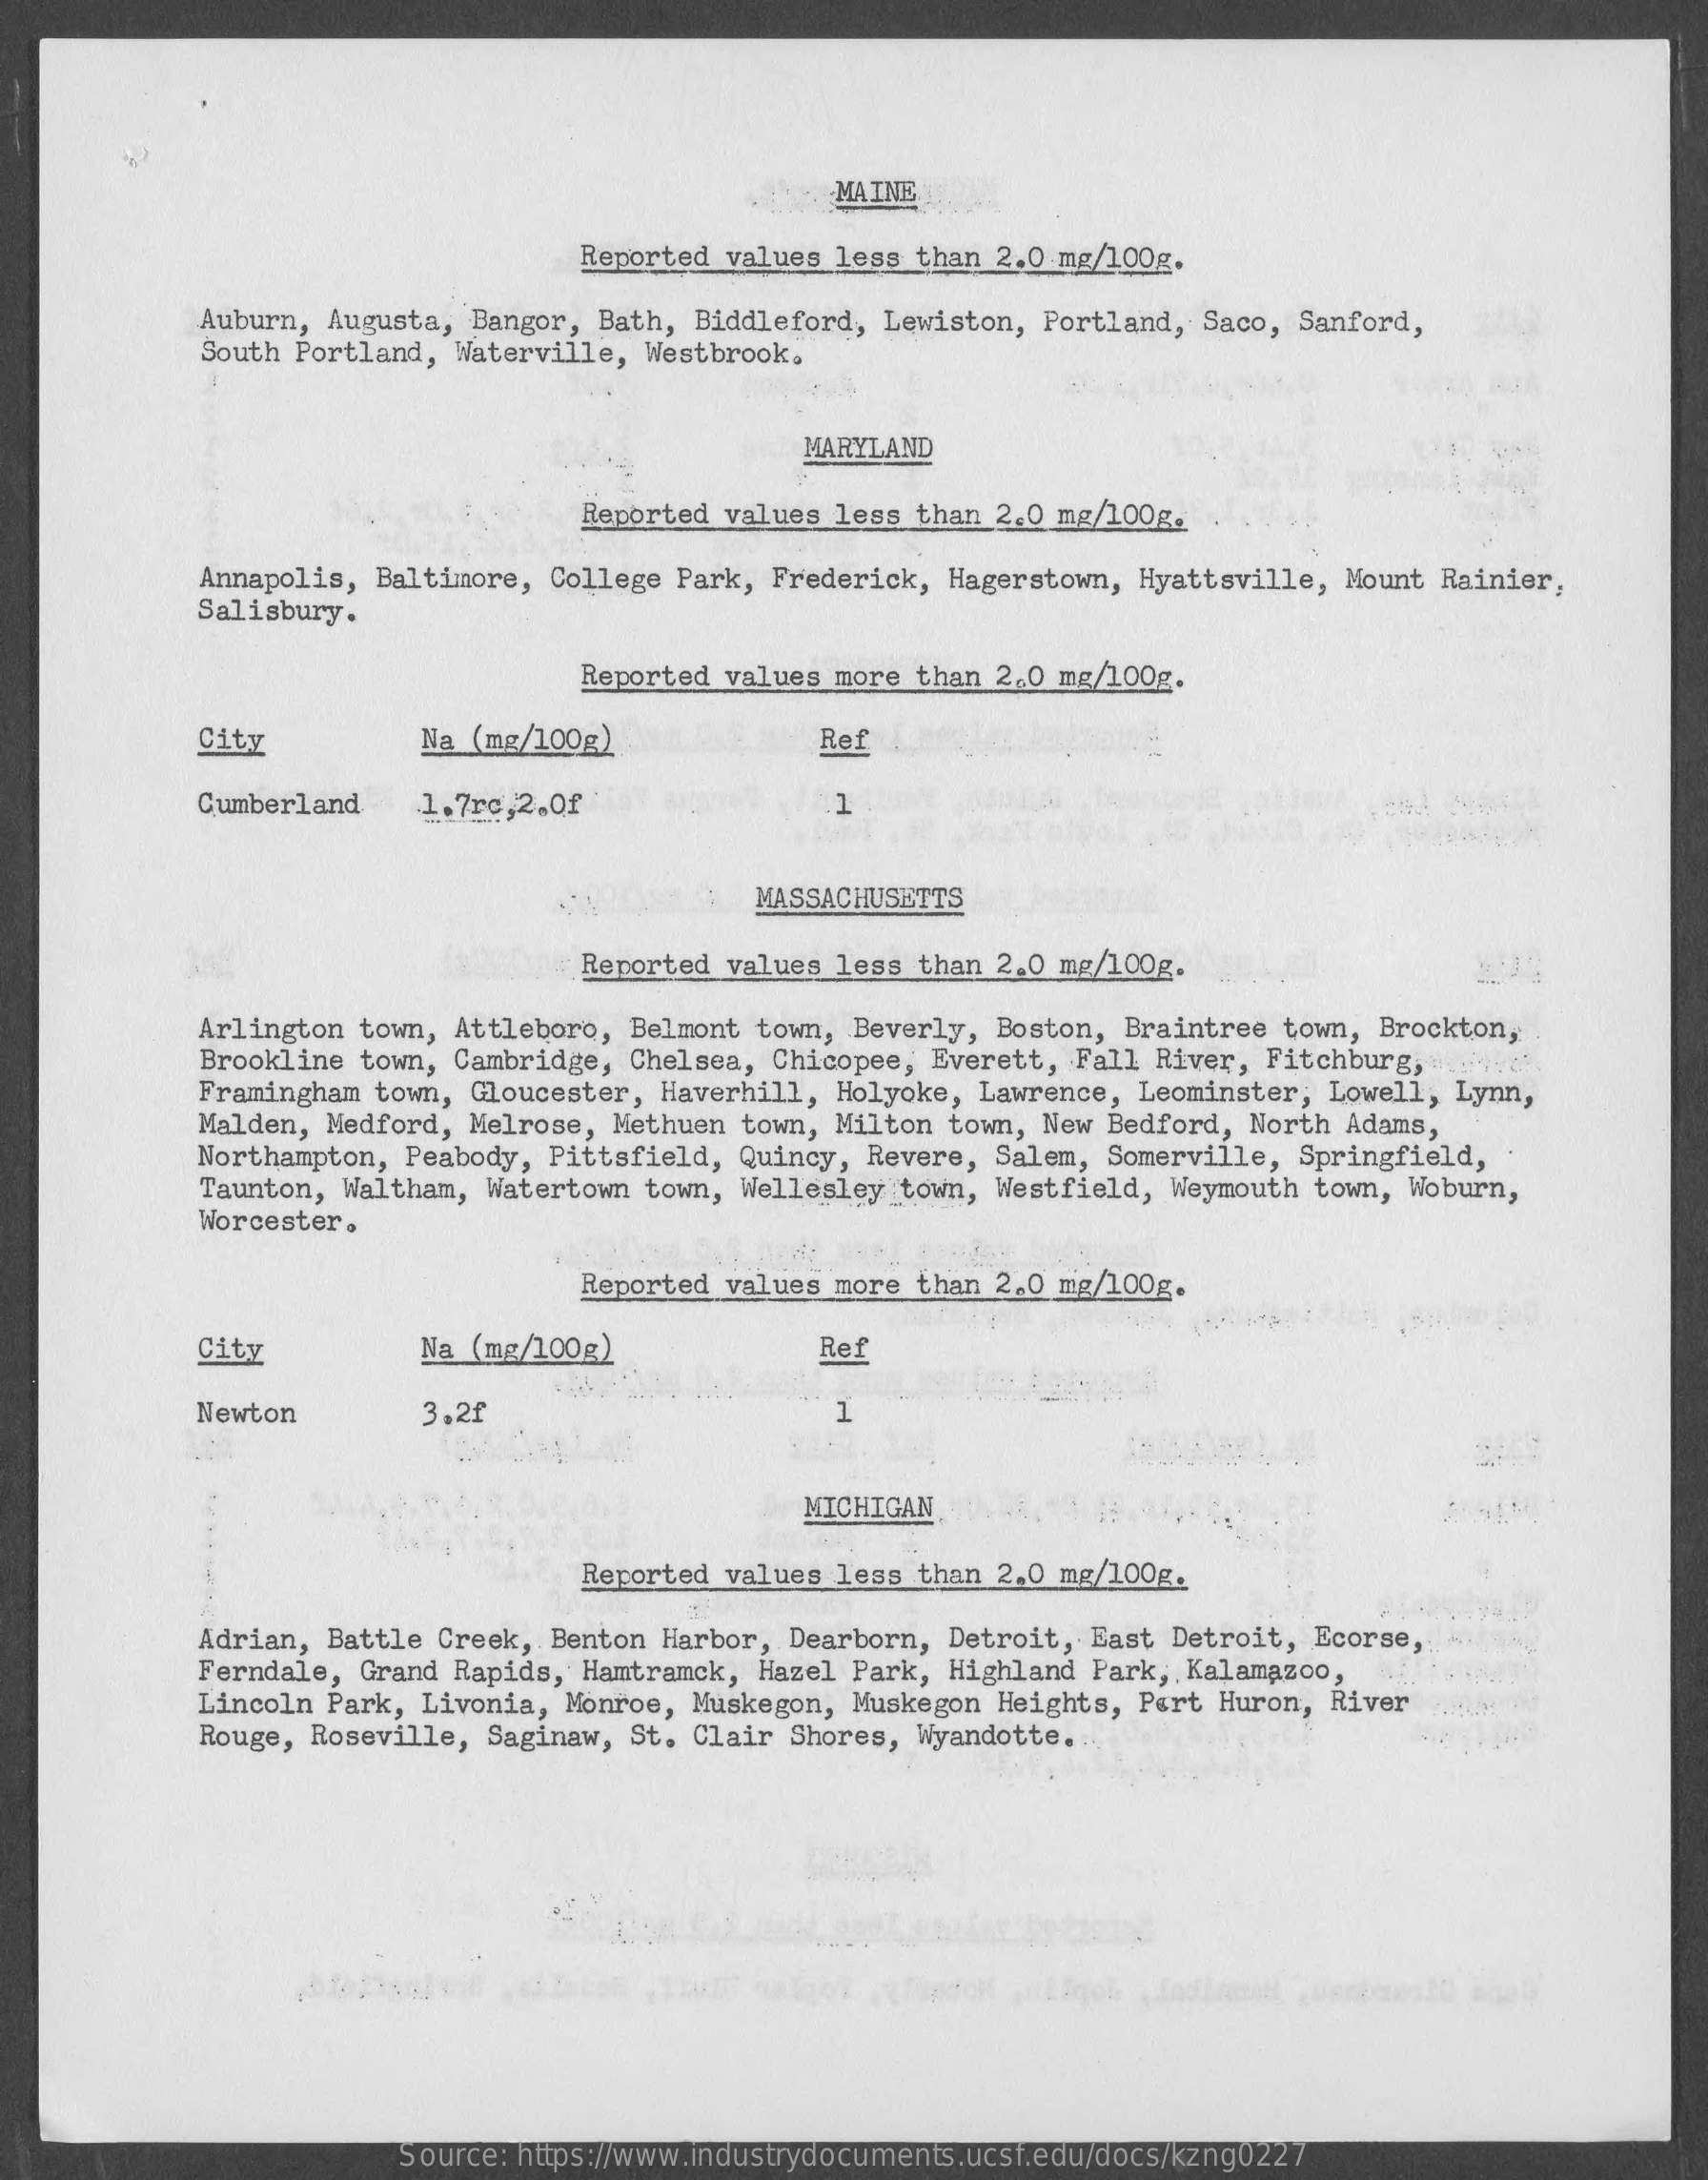
MAINE
     Reported values less than 2.0 mg/100g.
     Auburn, Augusta, Bangor, Bath, Biddleford, Lewiston, Portland, Saco, Sanford,
     South Portland, Waterville, Westbrook.
     MARYLAND
     Reported values less than 2.0 mg/100g.
     Salisbury.
     Annapolis, Baltimore, College Park, Frederick, Hagerstown, Hyattsville, Mount Rainier,
     Reported values more than 2,0 mg/100g.
     City    Na (mg/100g)    Ref
     Cumberland   1.7rc,2.0f    1
     MASSACHUSETTS
     Reported values less than 2.0 mg/100g.
     Arlington town, Attleboro, Belmont town, Beverly, Boston, Braintree town, Brockton,
     Brookline town, Cambridge, Chelsea, Chicopee, Everett, Fall River, Fitchburg, ...
     Framingham town, Gloucester, Haverhill, Holyoke, Lawrence, Leominster, Lowell, Lynn,
     Malden, Medford, Melrose, Methuen town, Milton town, New Bedford, North Adams,
     Northampton, Peabody, Pittsfield, Quincy, Revere, Salem, Somerville, Springfield,
     Taunton, Waltham, Watertown town, Wellesley town, Westfield, Weymouth town, Woburn,
     Worcester.
     Reported values more than 2.0 mg/100g.
     City    Na (mg/100g)    Ref
     Newton    3.20    1
     MICHIGAN
     Reported values less than 2.0 mg/100g.
     Adrian, Battle Creek, Benton Harbor, Dearborn, Detroit, East Detroit, Ecorse,
     Ferndale, Grand Rapids, Hamtramck, Hazel Park, Highland Park, Kalamazoo,
     Lincoln Park, Livonia, Monroe, Muskegon, Muskegon Heights, Port Huron, River
     Rouge, Roseville, Saginaw, St. Clair Shores, Wyandotte.
     Source: https://www.industrydocuments.ucsf.edu/docs/kzng0227